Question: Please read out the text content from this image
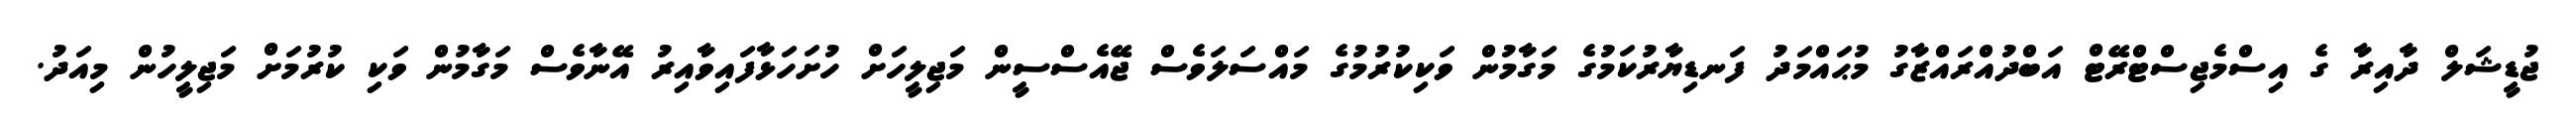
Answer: ޖުޑީޝަލް ދާއިރާ ގެ އިސްމެޖިސްޓްރޭޓް އަބްދުއްރައްޒާގު މުޙައްމަދު ފަނޑިޔާރުކަމުގެ މަގާމުން ވަކިކުރުމުގެ މައްސަލަވެސް ޖޭއެސްސީން މަޖިލީހަށް ހުށަހަޅާފައިވާއިރު އޭނާވެސް މަގާމުން ވަކި ކުރުމަށް މަޖިލީހުން މިއަދު.